Report on sanitation, dispensaries, and jails in Rajputana for 1915, and on vaccination for the year 1915-1916 - 1915-1916
Year: 1915
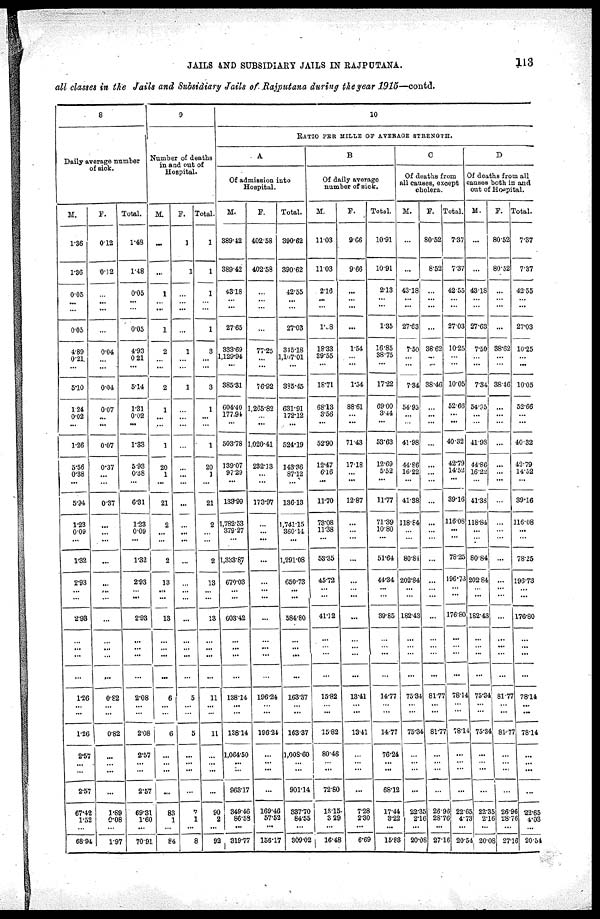
JAILS AND SUBSIDIARY JAILS IN RAJPUTANA.
113
all classes in the Jails and Subsidiary Jails of Rajputana during the year 1915—contd.
8
Daily average number
of sick.
M.
1.36
1.36
0.05
...
...
0.05
4.89
0.21
...
5.10
1.24
0.02
...
1.26
5.56
0.38
...
5.94
1.23
0.09
...
1.32
293
...
...
2.93
...
...
...
...
1.26
...
...
1.26
2.57
...
...
2.57
67.42
1.52
...
68.94
F.
0.12
0.12
...
...
...
...
0.04
...
...
0.04
0.07
...
...
0.07
0.37
...
...
0.37
...
...
...
...
...
...
...
...
...
...
...
...
0.82
...
...
0.82
...
...
...
...
1.89
0.08
...
1.97
Total.
1.48
1.48
0.05
...
...
0.05
4.93
0. 21
...
5.14
1.31
0.02
...
1.33
5.93
0.38
...
6.81
1.23
0.09
...
1.32
2.93
...
...
2.93
...
...
...
...
2.08
...
...
2.08
2.57
...
...
2.57
69.31
1.60
...
70.91
9
Number of deaths
in and out of
Hospital.
M.
...
...
1
...
...
1
2
...
...
2
1
...
...
1
20
1
...
21
2
...
...
2
13
...
...
13
...
...
...
...
6
...
...
6
...
...
...
...
83
1
...
84
F.
1
1
...
...
...
...
1
...
...
1
...
...
...
...
...
...
...
...
...
...
...
...
...
...
...
...
...
...
...
...
5
...
...
5
...
...
...
...
87
1
...
8
Total
1
1
1
...
...
1
3
...
...
3
1
...
...
1
20
1
...
21
2
...
...
2
13
...
...
13
...
...
...
...
11
...
...
11
...
...
...
...
90
2
...
92
10
RATIO PER MILLE OF AVERAGE STRENGTH.
A
Of admission into
Hospital.
M.
389.42
389.42
43.18
...
...
27.65
333.69
1,129.94
...
385.31
604.40
177.94
...
503.78
139.07
97.29
...
133.99
1,782.53
379.27
...
1,333.87
670.03
...
...
603.42
...
...
...
...
138.14
...
...
138.14
1,064.50
...
...
963.17
349.46
86.58
...
319.77
F.
402.58
402.58
...
...
...
...
77.25
...
...
76.92
1,265.82
...
...
1,020.41
282.13
...
...
173.97
...
...
...
...
...
...
...
...
...
...
...
...
196.24
...
...
196.24
...
...
...
...
169.46
57.52
...
156.17
Total.
390.62
390.62
42.55
...
...
27.03
345.18
1,107.01
...
385.45
631.91
172.12
...
524.19
143.36
87.12
...
136.13
1,741.15
360.14
...
1,291.08
650.73
...
...
584.80
...
...
...
...
163.37
...
...
163.37
1,008.60
...
...
901.14
337.70
84.55
...
309.02
B
Of daily average
number of sick.
M.
11.03
11.03
2.16
...
...
1.38
18.33
39.55
...
18.71
68.13
3.56
...
52.90
12.47
6.16
...
11.70
73.08
11.38
...
53.35
4572
...
...
41.12
...
...
...
...
15.82
...
...
15.82
80.46
...
...
72.80
18.15
3.29
...
16.48
F.
9.66
9.66
...
...
...
...
1.54
...
...
1.34
88.61
...
...
71.43
17.18
...
...
12.87
...
...
...
...
...
...
...
...
...
...
...
...
13.41
...
...
13.41
...
...
...
...
7.28
2.30
...
6.69
Total.
10.91
10.91
2.13
...
...
1.35
16.85
38.75
...
17.22
69.00
3.44
...
53.63
12.69
5.52
...
11.77
71.39
10.80
...
51.64
44.34
...
...
39.85
...
...
...
...
14.77
...
...
14.77
76.24
...
...
68.12
17.44
3.22
...
15.83
C
Of deaths from
all causes, except
cholera.
M.
...
...
43.18
...
...
27.63
7.50
...
...
7.34
54.95
...
...
41.98
44.86
16.22
...
41.38
118.84
...
...
80.81
202.84
...
...
182.43
...
...
...
...
75.34
...
...
75.34
...
...
...
...
22.35
2.16
...
20.08
F.
80.52
8.52
...
...
...
...
36.62
...
...
38.46
...
...
...
...
...
...
...
...
...
...
...
...
...
...
...
...
...
...
...
...
81.77
...
...
81.77
...
...
...
...
26.96
28.76
...
27.16
Total
7.37
7.37
42.55
...
...
27.03
10.25
...
...
10.05
52.66
...
...
40.32
42.79
14.52
...
39.16
116.08
...
...
78.25
196.73
...
...
176.80
...
...
...
...
78.14
...
...
78.14
...
...
...
...
22.65
4.73
...
20.54
D
Of deaths from all
causes both in and
out of Hospital.
M.
...
...
43.18
...
...
27.63
7.50
...
...
7.34
54.95
...
...
41.98
44.86
16.22
...
41.38
118.84
...
...
80.84
202.64
...
...
182.43
...
...
...
...
75.34
...
...
75.34
...
...
...
...
22.35
2.16
...
20.08
F.
80.52
80.52
...
...
...
...
38.62
...
...
38.46
...
...
...
...
...
...
...
...
...
...
...
...
...
...
...
...
...
...
...
81.77
...
...
81.77
...
...
...
...
26.96
28.76
...
27.16
Total.
7.37
7.37
42.55
...
...
27.03
10.25
...
...
10.05
52.66
...
...
40.32
42.79
14.52
...
39.16
116.08
...
...
78.25
196.73
...
...
176.80
...
...
...
...
78.14
...
...
78.14
...
...
...
...
22.65
4.03
...
20.54